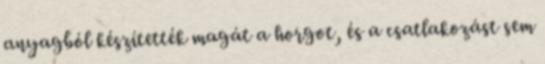
anyagból készítették magát a horgot, és a csatlakozást sem